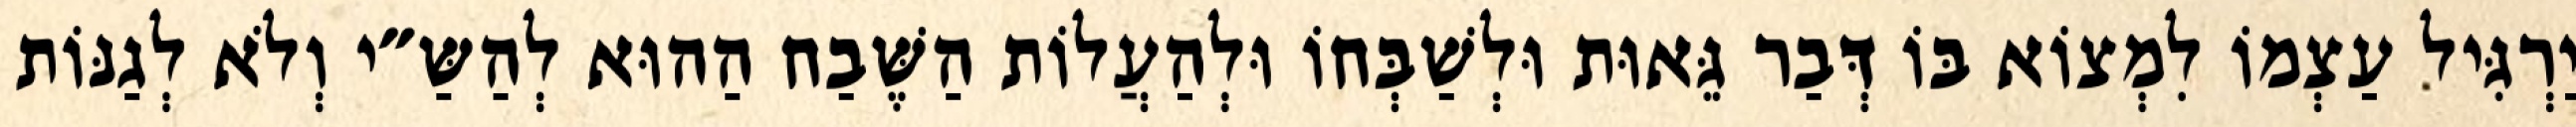
יַרְגִּיל עַצְמוֹ לִמְצוֹא בּוֹ דְּבַר גֵּאוּת וּלְשַׁבְּחוֹ וּלְהַעֲלוֹת הַשֶּׁבַח הַהוּא לְהַשַּ״י וְלֹא לְגַנּוֹת